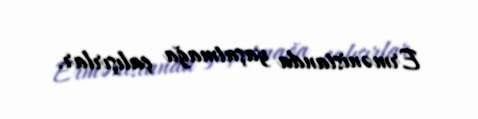
Ermənistanda yaşatmağa çalışırlar.